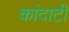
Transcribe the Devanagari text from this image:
कांदाटी